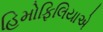
હિમોફિલિયાએ